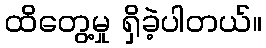
ထိတွေ့မှု ရှိခဲ့ပါတယ်။